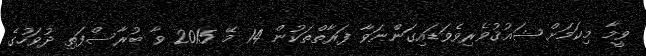
ވީމާ މިކަމަށް ޝައުޤުވެރިވެވަޑައިގަންނަވާ ފަރާތްތަކުން 14 މޭ 2015 ވާ ބުރާސްފަތި ދުވަހުގެ